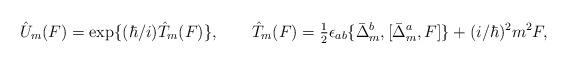
LaTeX: \begin{align*}\hat{U}_m(F) = {\rm exp}\{ (\hbar/ i) \hat{T}_m(F) \},\qquad\hat{T}_m(F) = \hbox{$\frac{1}{2}$} \epsilon_{ab} \{ \bar{\Delta}_m^b, [ \bar{\Delta}_m^a, F ] \} + (i/ \hbar)^2 m^2 F,\end{align*}